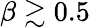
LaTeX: \beta\gtrsim 0.5